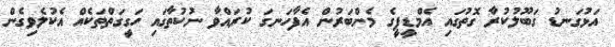
އަޅުގަނޑު ގަބޫލުކުރާ ގޮތުގައި އެމްޑީޕީގެ މެންބަރުން އެފާހަނގަ ކުރައްވާ ނުކުތާގައި ހަގީގަތްތަކެއް އެކުލެވިގެން